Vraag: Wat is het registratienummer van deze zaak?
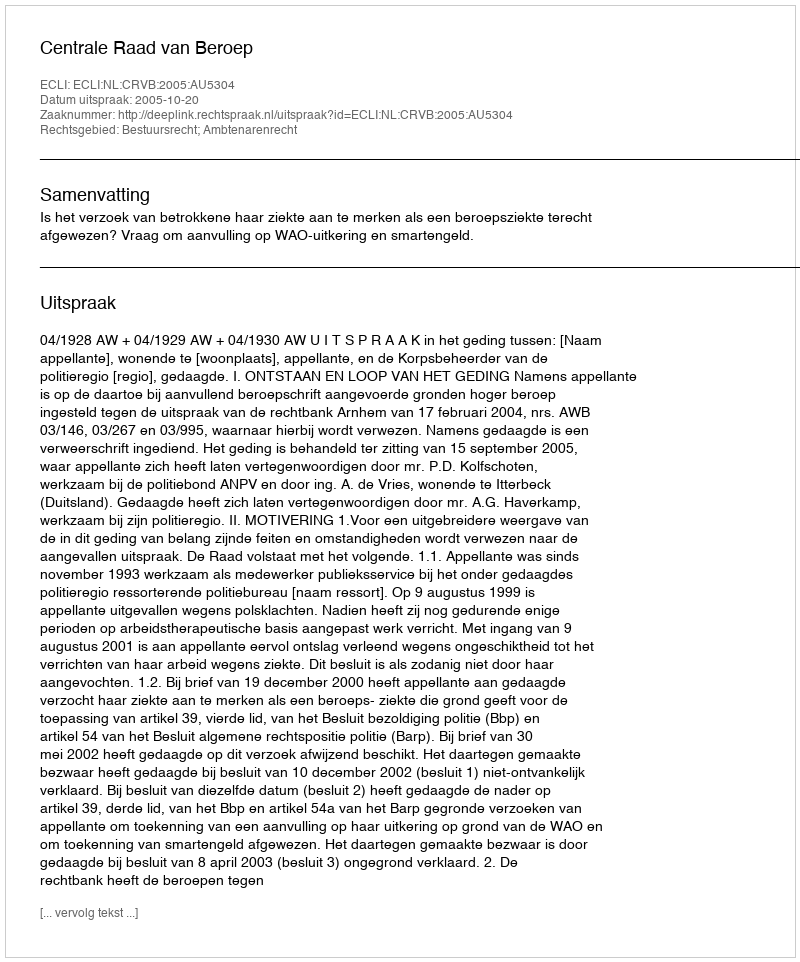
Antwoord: http://deeplink.rechtspraak.nl/uitspraak?id=ECLI:NL:CRVB:2005:AU5304